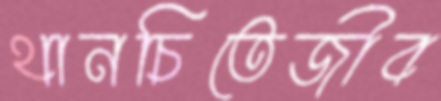
থানচিতেজীব